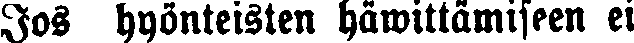
Jos hyönteisten häwittämiseen ei